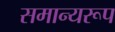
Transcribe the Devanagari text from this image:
समान्यरूप